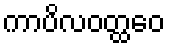
ကာပိလဝတ္ထဝေ